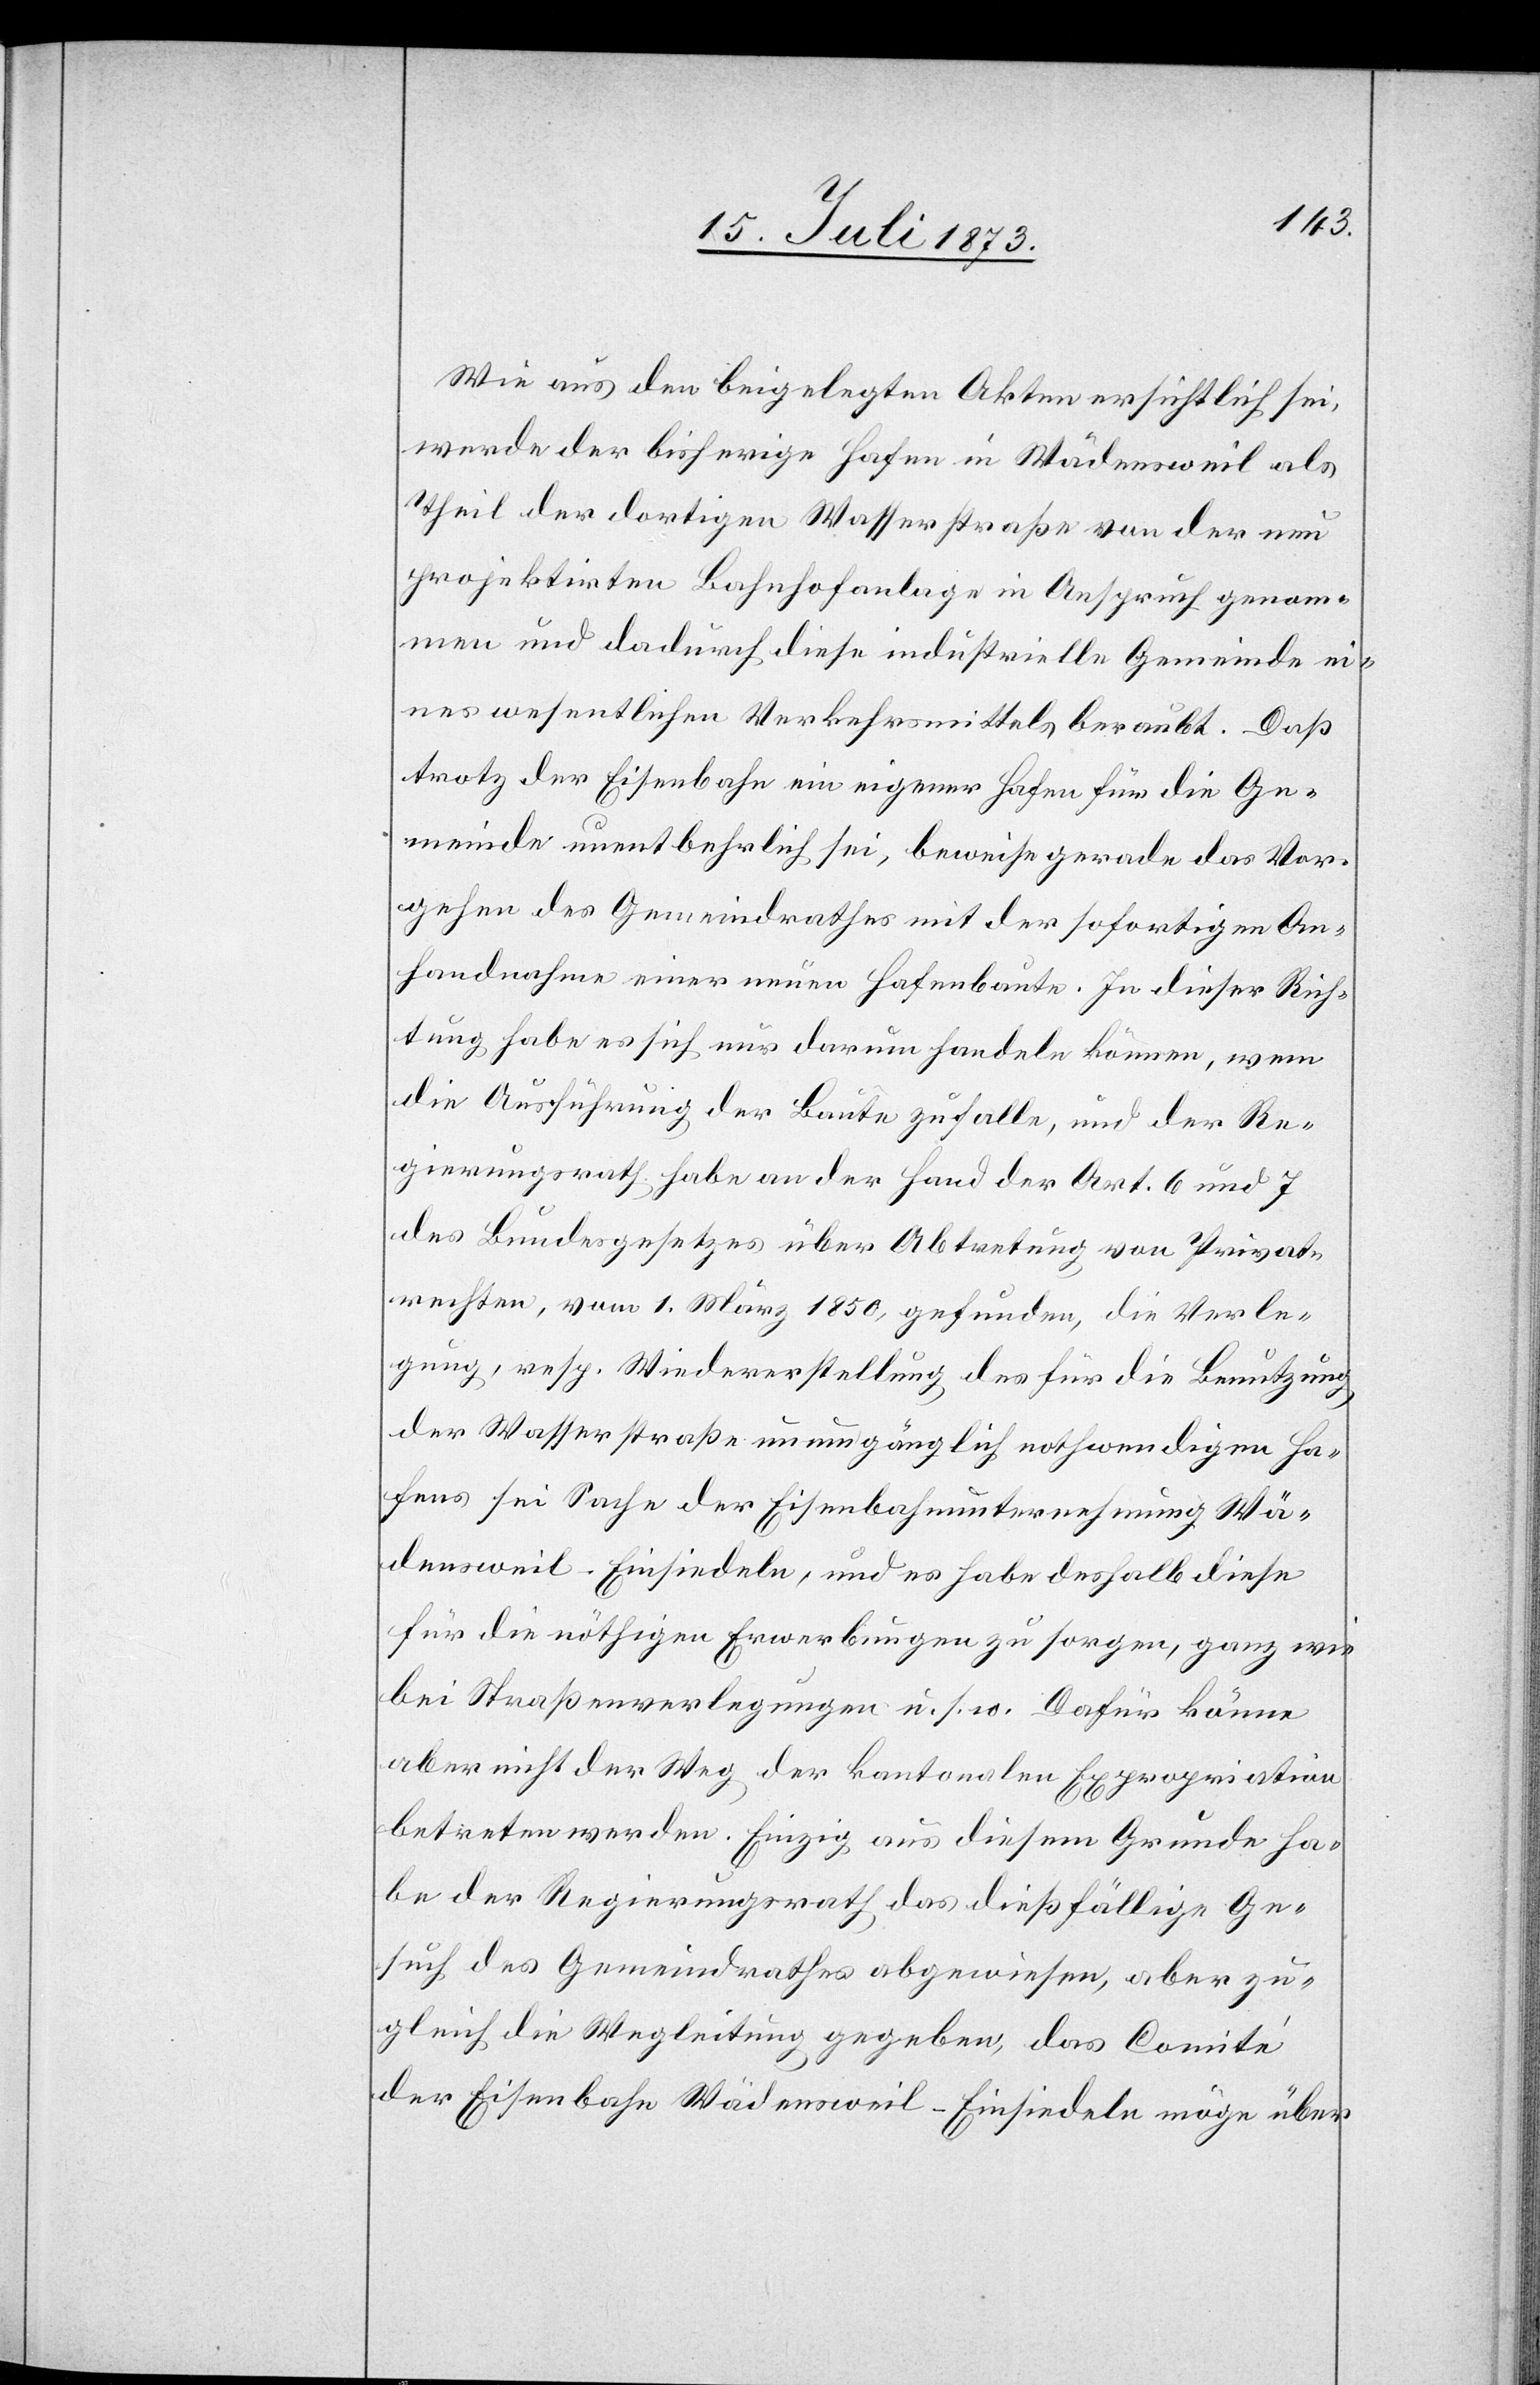
Wie aus den beigelegten Akten ersichtlich sei,
werde der bisherige Hafen in Wädensweil als
Theil der dortigen Wasserstraße von der neu
projektirten Bahnhofanlage in Anspruch genom¬
men und dadurch diese industrielle Gemeinde ei¬
nes wesentlichen Verkehrsmittels beraubt. Daß
trotz der Eisenbahn ein eigener Hafen für die Ge¬
meinde unentbehrlich sei, beweise gerade das Vor¬
gehen des Gemeindrathes mit der sofortigen An¬
handnahme einer neuen Hafenbaute. In dieser Rich¬
tung habe es sich nur darum handeln können, wem
die Ausführung der Baute zufalle, und der Re¬
gierungsrath habe an der Hand der Art. 6 und 7
des Bundesgesetzes über Abtretung von Privat¬
rechten, vom 1. März 1850, gefunden, die Verle¬
gung, resp. Wiederherstellung des für die Benutzung
der Wasserstraße unumgänglich nothwendigen Ha¬
fens sei Sache der Eisenbahnunternehmung Wä¬
densweil–Einsiedeln, und es habe deshalb diese
für die nöthigen Erwerbungen zu sorgen, ganz wie
bei Straßenverlegungen u. s. w. Dafür könne
aber nicht der Weg der kantonalen Expropriation
betreten werden. Einzig aus diesem Grunde ha¬
be der Regierungsrath das dießfällige Ge¬
such des Gemeindrathes abgewiesen, aber zu¬
gleich die Wegleitung gegeben, das Comité
der Eisenbahn Wädensweil–Einsiedeln möge über